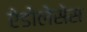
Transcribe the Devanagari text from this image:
ऐडोलेसेंस